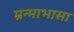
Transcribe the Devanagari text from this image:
म्रन्माभासा